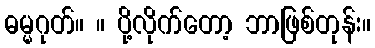
ဓမ္မဂုတ်။ ။ ပို့လိုက်တော့ ဘာဖြစ်တုန်း။